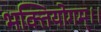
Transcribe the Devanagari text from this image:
भक्तियोगम्‌।।